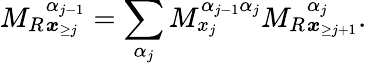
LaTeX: {M_{R}}_{\boldsymbol x_{\ge j}}^{\alpha_{j-1}}=\sum_{\alpha_{j}}M_{x_{j}}^{\alpha_{j-1}\alpha_{j}}{M_{R}}_{\boldsymbol{x}_{\ge j+1}}^{\alpha_{j}}.